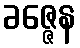
ခဇ္ဇေန